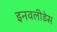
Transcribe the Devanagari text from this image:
इनवलीडेस